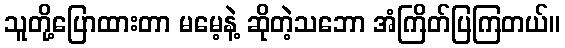
သူတို့ပြောထားတာ မမေ့နဲ့ ဆိုတဲ့သဘော အံကြိတ်ပြကြတယ်။